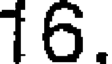
16.